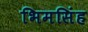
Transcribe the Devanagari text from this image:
भिमसिंह